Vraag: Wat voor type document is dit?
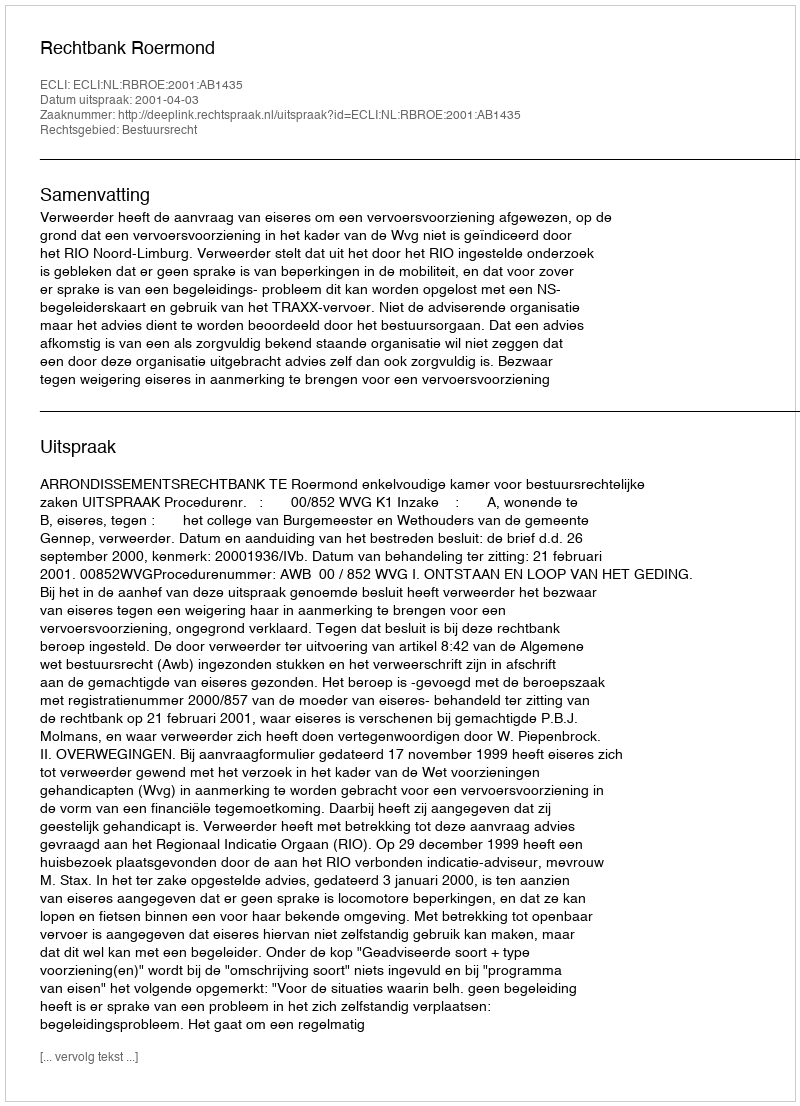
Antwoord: Uitspraak